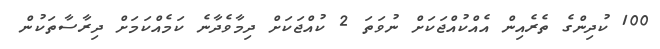
100 ކުދިންގެ ތެރެއިން އެއްކުއްޖަކަށް ނުވަތަ 2 ކުއްޖަކަށް ދިމާވެދާނެ ކަމެއްކަމަށް ދިރާސާތަކުން